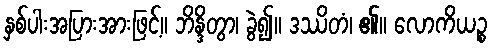
နှစ်ပါးအပြားအားဖြင့်။ ဘိန္ဒိတွာ၊ ခွဲ၍။ ဒဿိတံ၊ ၏။ လောကိယဉ္စ